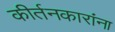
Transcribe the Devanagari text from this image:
कीर्तनकारांना